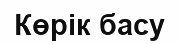
Көрік басу